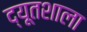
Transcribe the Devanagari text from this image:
द्यूतशाला